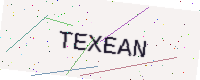
Text: TEXEAN